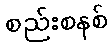
စည်းစနစ်